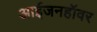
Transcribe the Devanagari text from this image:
आईजनहॉवर